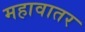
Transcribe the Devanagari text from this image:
महावातर